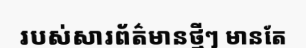
របស់សារព័ត៌មានថ្មីៗ មានតែ